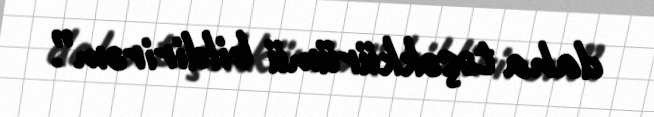
daha təşəkkürümü bildirirəm”.